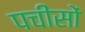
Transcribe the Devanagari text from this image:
पचीसों